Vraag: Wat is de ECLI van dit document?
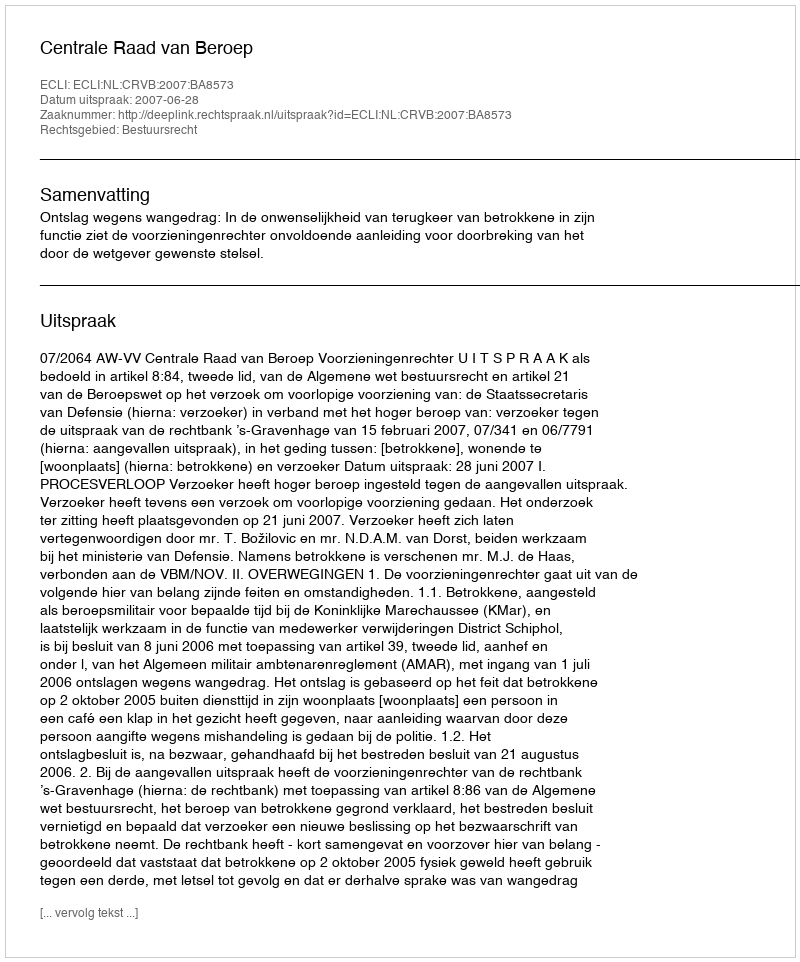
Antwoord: ECLI:NL:CRVB:2007:BA8573